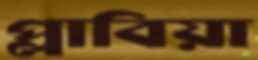
প্লাবিয়া